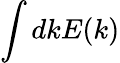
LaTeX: \int dkE(k)